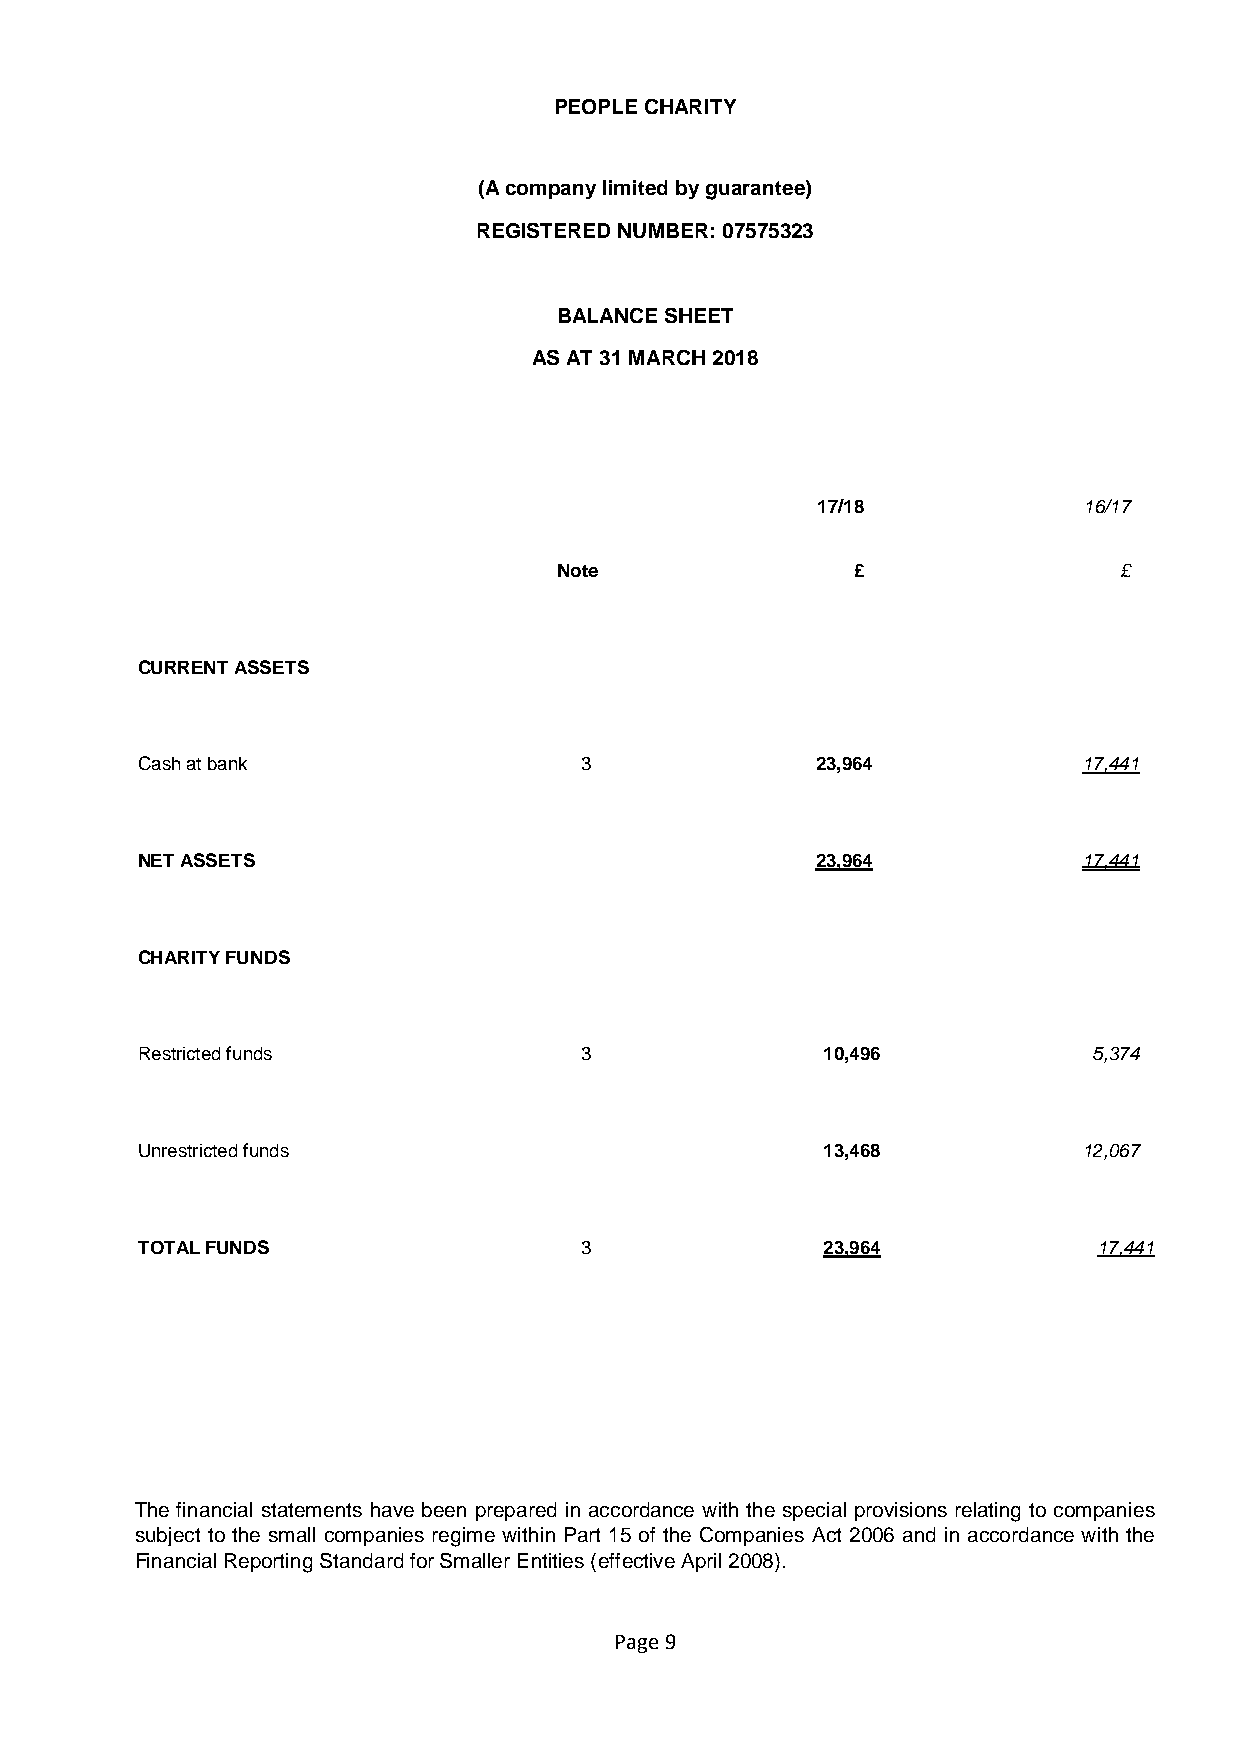
PEOPLE CHARITY
 (A company limited by guarantee)
 REGISTERED NUMBER: 07575323
 BALANCE SHEET
 AS AT 31 MARCH 2018
 17/18             16/17
 Note                £                £
 CURRENT ASSETS
 Cash at bank                 3               23,964            17,441
 NET ASSETS                                   23,964            17,441
 CHARITY FUNDS
 Restricted funds             3                10,496           5,374
 Unrestricted funds                            13,468           12,067
 TOTAL FUNDS                  3                23,964            17,441
 The financial statements have been prepared in accordance with the special provisions relating to companies
 subject to the small companies regime within Part 15 of the Companies Act 2006 and in accordance with the
 Financial Reporting Standard for Smaller Entities (effective April 2008).
 Page 9